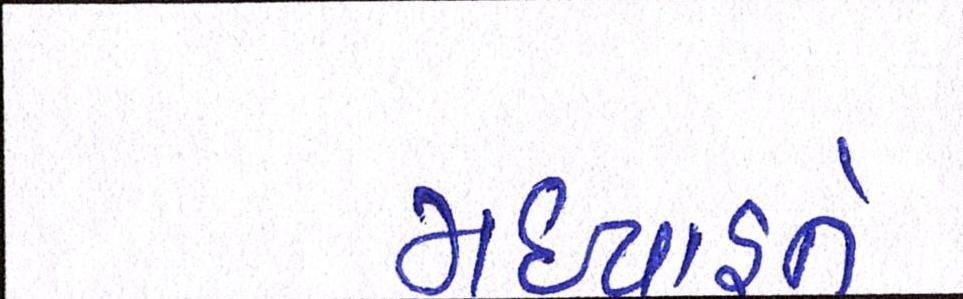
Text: મધ્યાહ્ને